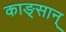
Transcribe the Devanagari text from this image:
काङ्सान्